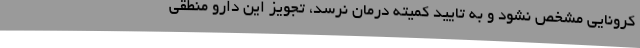
کرونایی مشخص نشود و به تایید کمیته درمان نرسد، تجویز این دارو منطقی